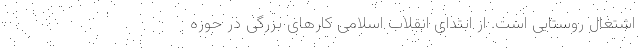
اشتغال روستایی است. از ابتدای انقلاب اسلامی کارهای بزرگی در حوزه